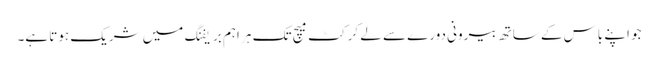
جو اپنے باس کے ساتھ بیرونی دورے سے لے کرکٹ میچ تک ہر اہم بریفنگ میں شریک ہوتا ہے۔